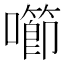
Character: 㘉